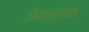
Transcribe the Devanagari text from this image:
जैन्सेन